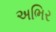
અભિર